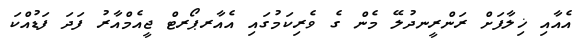
އެއާއި ޚިލާފަށް ރަންރީނދުލޭ މެން ގެ ވެރިކަމުގައި އެއާރޕޯރޓް ޖީއެމްއާރު ފަދަ ފަޑުއްކަ